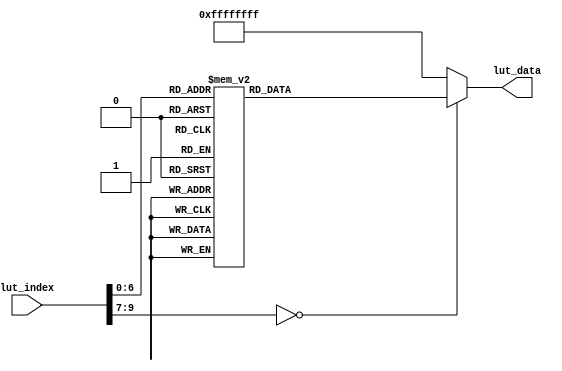
//////////////////////////////////////////////////////////////////////////////////
//                                                                              //
//                                                                              //
//          msq@qq.com                                                          //
//          ALINX(shanghai) Technology Co.,Ltd                                  //
//          heijin                                                              //
//     WEB: http://www.alinx.cn/                                                //
//     BBS: http://www.heijin.org/                                              //
//                                                                              //
//////////////////////////////////////////////////////////////////////////////////
//                                                                              //
// Copyright (c) 2017,ALINX(shanghai) Technology Co.,Ltd                        //
//                    All rights reserved                                       //
//                                                                              //
// This source file may be used and distributed without restriction provided    //
// that this copyright statement is not removed from the file and that any      //
// derivative work contains the original copyright notice and the associated    //
// disclaimer.                                                                  //
//                                                                              //
//////////////////////////////////////////////////////////////////////////////////

//================================================================================
//  Revision History:
//  Date          By            Revision    Change Description
//--------------------------------------------------------------------------------
//  2017/12/28     meisq          1.0         Original
//*******************************************************************************/

module lut_ov5640(
	input[9:0]             lut_index, // Look-up table index address
	output reg[31:0]       lut_data   // I2C device address register address register data
);

always@(*)
begin
	case(lut_index)
		//                                ID    REG_ADDR  REG_VAL
		  0: lut_data  <=       {8'h78, 16'h3103, 8'h11};
		  1: lut_data  <=       {8'h78, 16'h3008, 8'h82};
		  2: lut_data  <=       {8'h78, 16'h3008, 8'h42};
		  3: lut_data  <=       {8'h78, 16'h3103, 8'h03};
		  4: lut_data  <=       {8'h78, 16'h3017, 8'h00};
		  5: lut_data  <=       {8'h78, 16'h3018, 8'h00};
		  6: lut_data  <=       {8'h78, 16'h3034, 8'h18};
		  7: lut_data  <=       {8'h78, 16'h3035, 8'h11};       // PLL root divider, bit[4], PLL pre-divider, bit[3:0]
		  8: lut_data  <=       {8'h78, 16'h3036, 8'h38};       // PCLK root divider, bit[5:4], SCLK2x root divider, bit[3:2] // SCLK root divider, bit[1:0] 
		  9: lut_data  <=       {8'h78, 16'h3037, 8'h11};
		 10: lut_data  <=       {8'h78, 16'h3108, 8'h01};
		 11: lut_data  <=       {8'h78, 16'h303D, 8'h10};
		 12: lut_data  <=       {8'h78, 16'h303B, 8'h19};
		 13: lut_data  <=       {8'h78, 16'h3630, 8'h2e};
		 14: lut_data  <=       {8'h78, 16'h3631, 8'h0e};
		 15: lut_data  <=       {8'h78, 16'h3632, 8'he2};
		 16: lut_data  <=       {8'h78, 16'h3633, 8'h23};
		 17: lut_data  <=       {8'h78, 16'h3621, 8'he0};
		 18: lut_data  <=       {8'h78, 16'h3704, 8'ha0};
		 19: lut_data  <=       {8'h78, 16'h3703, 8'h5a};
		 20: lut_data  <=       {8'h78, 16'h3715, 8'h78};
		 21: lut_data  <=       {8'h78, 16'h3717, 8'h01};
		 22: lut_data  <=       {8'h78, 16'h370b, 8'h60};
		 23: lut_data  <=       {8'h78, 16'h3705, 8'h1a};
		 24: lut_data  <=       {8'h78, 16'h3905, 8'h02};
		 25: lut_data  <=       {8'h78, 16'h3906, 8'h10};
		 26: lut_data  <=       {8'h78, 16'h3901, 8'h0a};
		 27: lut_data  <=       {8'h78, 16'h3731, 8'h02};
		 28: lut_data  <=       {8'h78, 16'h3600, 8'h37};
		 29: lut_data  <=       {8'h78, 16'h3601, 8'h33};
		 30: lut_data  <=       {8'h78, 16'h302d, 8'h60};
		 31: lut_data  <=       {8'h78, 16'h3620, 8'h52};
		 32: lut_data  <=       {8'h78, 16'h371b, 8'h20};
		 33: lut_data  <=       {8'h78, 16'h471c, 8'h50};
		 34: lut_data  <=       {8'h78, 16'h3a13, 8'h43};
		 35: lut_data  <=       {8'h78, 16'h3a18, 8'h00};
		 36: lut_data  <=       {8'h78, 16'h3a19, 8'hf8};
		 37: lut_data  <=       {8'h78, 16'h3635, 8'h13};
		 38: lut_data  <=       {8'h78, 16'h3636, 8'h06};
		 39: lut_data  <=       {8'h78, 16'h3634, 8'h44};     
		 40: lut_data  <=       {8'h78, 16'h3622, 8'h01};
		 41: lut_data  <=       {8'h78, 16'h3c01, 8'h34};
		 42: lut_data  <=       {8'h78, 16'h3c04, 8'h28};
		 43: lut_data  <=       {8'h78, 16'h3c05, 8'h98};
		 44: lut_data  <=       {8'h78, 16'h3c06, 8'h00};
		 45: lut_data  <=       {8'h78, 16'h3c07, 8'h08};
		 46: lut_data  <=       {8'h78, 16'h3c08, 8'h00};
		 47: lut_data  <=       {8'h78, 16'h3c09, 8'h1c};
		 48: lut_data  <=       {8'h78, 16'h3c0a, 8'h9c};
		 49: lut_data  <=       {8'h78, 16'h3c0b, 8'h40};
		 50: lut_data  <=       {8'h78, 16'h503d, 8'h00};// 00  80
		 51: lut_data  <=       {8'h78, 16'h3820, 8'h46};
		 52: lut_data  <=       {8'h78, 16'h300e, 8'h45};
		 53: lut_data  <=       {8'h78, 16'h4800, 8'h14};
		 54: lut_data  <=       {8'h78, 16'h302e, 8'h08};
		 55: lut_data  <=       {8'h78, 16'h4300, 8'h6f};
		 56: lut_data  <=       {8'h78, 16'h501f, 8'h01};
		 57: lut_data  <=       {8'h78, 16'h4713, 8'h03};
		 58: lut_data  <=       {8'h78, 16'h4407, 8'h04};
		 59: lut_data  <=       {8'h78, 16'h440e, 8'h00};    
		 60: lut_data  <=       {8'h78, 16'h460b, 8'h35};
		 61: lut_data  <=       {8'h78, 16'h460c, 8'h20};
		 62: lut_data  <=       {8'h78, 16'h3824, 8'h01};
		 63: lut_data  <=       {8'h78, 16'h5000, 8'h07};
		 64: lut_data  <=       {8'h78, 16'h5001, 8'h03};
		 65: lut_data  <=       {8'h78, 16'h3008, 8'h42};
		 66: lut_data  <=       {8'h78, 16'h3035, 8'h21};
		 67: lut_data  <=       {8'h78, 16'h3036, 8'h69};//0X46=======70     ===0x69========105
		 68: lut_data  <=       {8'h78, 16'h3037, 8'h05};
		 69: lut_data  <=       {8'h78, 16'h3108, 8'h11};  
		 70: lut_data  <=       {8'h78, 16'h3034, 8'h1A};
		 71: lut_data  <=       {8'h78, 16'h3800, 8'h01}; // X address start high byte
		 72: lut_data  <=       {8'h78, 16'h3801, 8'h50}; // X address start low byte
		 73: lut_data  <=       {8'h78, 16'h3802, 8'h01}; // Y address start high byte
		 74: lut_data  <=       {8'h78, 16'h3803, 8'hAA};
		 75: lut_data  <=       {8'h78, 16'h3804, 8'h08}; // 
		 76: lut_data  <=       {8'h78, 16'h3805, 8'hEF}; // 
		 77: lut_data  <=       {8'h78, 16'h3806, 8'h05};
		 78: lut_data  <=       {8'h78, 16'h3807, 8'hF9};
		 79: lut_data  <=       {8'h78, 16'h3810, 8'h00};    
		 80: lut_data  <=       {8'h78, 16'h3811, 8'h10}; // 
		 81: lut_data  <=       {8'h78, 16'h3812, 8'h00};
		 82: lut_data  <=       {8'h78, 16'h3813, 8'h0C};
		 83: lut_data  <=       {8'h78, 16'h3808, 8'h07};       // X_OUTPUT_SIZE:16'h0520 -> 1280
		 84: lut_data  <=       {8'h78, 16'h3809, 8'h80};       
		 85: lut_data  <=       {8'h78, 16'h380a, 8'h04};       // Y_OUTPUT_SIZE:16'h02d0 -> 720
		 86: lut_data  <=       {8'h78, 16'h380b, 8'h38};       
		 87: lut_data  <=       {8'h78, 16'h380c, 8'h09};
		 88: lut_data  <=       {8'h78, 16'h380d, 8'hC4};
		 89: lut_data  <=       {8'h78, 16'h380e, 8'h04};  
		 90: lut_data  <=       {8'h78, 16'h380f, 8'h60};
		 91: lut_data  <=       {8'h78, 16'h3814, 8'h11};
		 92: lut_data  <=       {8'h78, 16'h3815, 8'h11};
		 93: lut_data  <=       {8'h78, 16'h3821, 8'h00};
		 94: lut_data  <=       {8'h78, 16'h4837, 8'h24};
		 95: lut_data  <=       {8'h78, 16'h3618, 8'h00};
		 96: lut_data  <=       {8'h78, 16'h3612, 8'h59};
		 97: lut_data  <=       {8'h78, 16'h3708, 8'h64};
		 98: lut_data  <=       {8'h78, 16'h3709, 8'h52};
		 99: lut_data  <=       {8'h78, 16'h370c, 8'h03};     
		100: lut_data  <=       {8'h78, 16'h4300, 8'h00}; // Formatter RAW, [3:0]=0x0 BGBG/GRGR
		101: lut_data  <=       {8'h78, 16'h501f, 8'h03}; // Format select ISP RAW (DPC)
		102: lut_data  <=       {8'h78, 16'h3406, 8'h00};
		103: lut_data  <=       {8'h78, 16'h5192, 8'h04};
		104: lut_data  <=       {8'h78, 16'h5191, 8'hf8};
		105: lut_data  <=       {8'h78, 16'h518d, 8'h26};
		106: lut_data  <=       {8'h78, 16'h518f, 8'h42};
		107: lut_data  <=       {8'h78, 16'h518e, 8'h2b};
		108: lut_data  <=       {8'h78, 16'h5190, 8'h42};
		109: lut_data  <=       {8'h78, 16'h518b, 8'hd0};       
		110: lut_data  <=       {8'h78, 16'h518c, 8'hbd};
		111: lut_data  <=       {8'h78, 16'h5187, 8'h18};
		112: lut_data  <=       {8'h78, 16'h5188, 8'h18};
		113: lut_data  <=       {8'h78, 16'h5189, 8'h56};
		114: lut_data  <=       {8'h78, 16'h518a, 8'h5c};
		115: lut_data  <=       {8'h78, 16'h5186, 8'h1c};
		116: lut_data  <=       {8'h78, 16'h5181, 8'h50};
		117: lut_data  <=       {8'h78, 16'h5184, 8'h20};
		118: lut_data  <=       {8'h78, 16'h5182, 8'h11};
		119: lut_data  <=       {8'h78, 16'h5183, 8'h00};        
		120: lut_data  <=       {8'h78, 16'h5001, 8'h03};
		121: lut_data  <=       {8'h78, 16'h3008, 8'h02};
		
		default:lut_data <= {8'hff,16'hffff,8'hff};
	endcase
end


endmodule